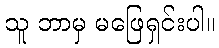
သူ ဘာမှ မဖြေရှင်းပါ။